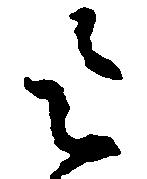
令